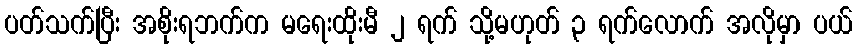
ပတ်သက်ပြီး အစိုးရဘက်က မရေးထိုးမီ ၂ ရက် သို့မဟုတ် ၃ ရက်လောက် အလိုမှာ ပယ်